Lunatic asylums Punjab 1895-1910 - 1895-1910
Year: 1895
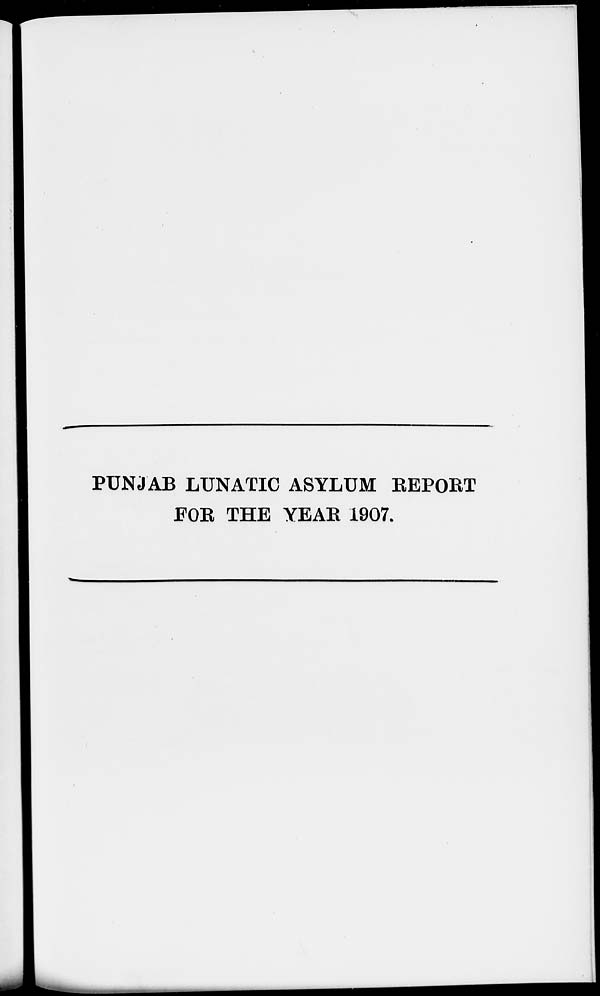
PUNJAB LUNATIC ASYLUM REPORT
FOR THE YEAR 1907.